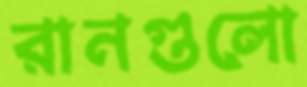
রানগুলো